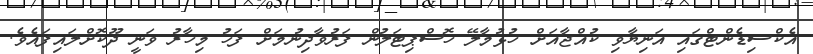
އެކްސިޑެންޓްގައި އަނިޔާވި ކުއްޖާއަށް ހުޅުމާލޭ ހޮސްޕިޓަލުން ފަރުވާދިނުމަށް ފަހު މިހާރު ވަނީ ދޫކޮށްލައިފައެވެ.